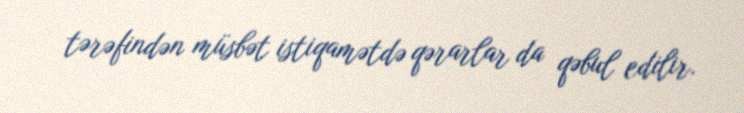
tərəfindən müsbət istiqamətdə qərarlar da qəbul edilir.